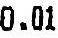
0.01